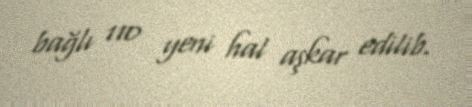
bağlı 110 yeni hal aşkar edilib.